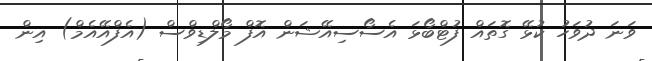
ވަނަ ދުވަހު ކުޅޭ ގޮތައް ފުޓްބޯޅަ އެސޯސިއޭޝަން އޮފް މޯލްޑިވްސް (އެފްއޭއެމް) އިން